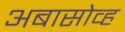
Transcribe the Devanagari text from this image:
अबासोव्ह